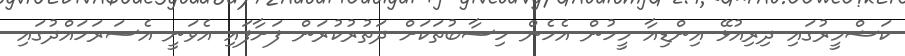
ކަޝްމީރުގައި ދިރިއުޅޭ އިންޑިއާ މީހުން އެހެން ހިސާބުތަކަށް ދަތުރުކުރަން ފަށާފައި އެވަނީ އެސަރަހައްދުގައި